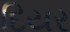
દિયર